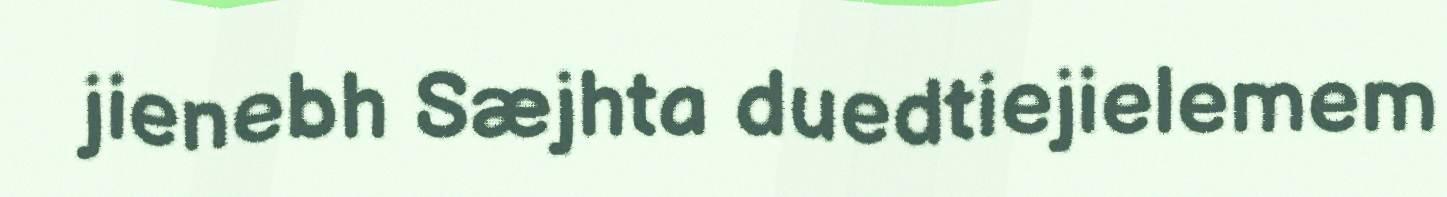
jienebh Sæjhta duedtiejielemem